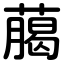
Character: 﨟